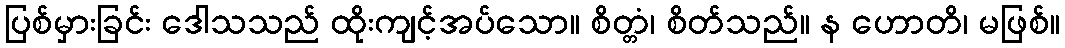
ပြစ်မှားခြင်း ဒေါသသည် ထိုးကျင့်အပ်သော။ စိတ္တံ၊ စိတ်သည်။ န ဟောတိ၊ မဖြစ်။